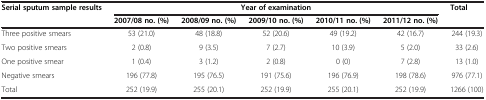
| Serial sputum sample results | <COLSPAN=5> Year of examination | Total |
 |  | 2007/08 no. (%) | 2008/09 no. (%) | 2009/10 no. (%) | 2010/11 no. (%) | 2011/12 no. (%) |  |
 | --- | --- | --- | --- | --- | --- | --- |
 | Three positive smears | 53 (21.0) | 48 (18.8) | 52 (20.6) | 49 (19.2) | 42 (16.7) | 244 (19.3) |
 | Two positive smears | 2 (0.8) | 9 (3.5) | 7 (2.7) | 10 (3.9) | 5 (2.0) | 33 (2.6) |
 | One positive smear | 1 (0.4) | 3 (1.2) | 2 (0.8) | 0 (0) | 7 (2.8) | 13 (1.0) |
 | Negative smears | 196 (77.8) | 195 (76.5) | 191 (75.6) | 196 (76.9) | 198 (78.6) | 976 (77.1) |
 | Total | 252 (19.9) | 255 (20.1) | 252 (19.9) | 255 (20.1) | 252 (19.9) | 1266 (100) |